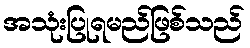
အသုံးပြုရမည်ဖြစ်သည်